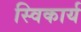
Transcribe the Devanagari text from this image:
स्विकार्य